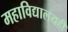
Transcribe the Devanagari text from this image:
महाविद्यालयही